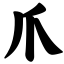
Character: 爪